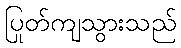
ပြုတ်ကျသွားသည်